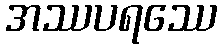
အဿပရဿေ